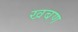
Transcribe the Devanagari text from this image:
खबण